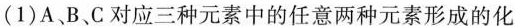
(1)A、B、C对应三种元素中的任意两种元素形成的化